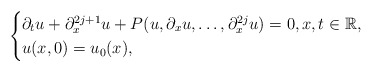
\begin{align*} \begin{cases}\partial_tu + \partial_x^{2j+1}u + P(u,\partial_xu,\dots,\partial_x^{2j}u) = 0,x,t\in\mathbb{R},\\u(x,0) = u_0(x),\end{cases}\end{align*}